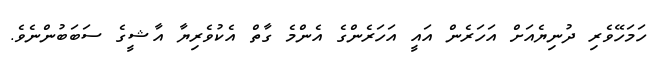
ހަމަހޭވެރި ދުނިޔެއަށް އަހަރެން އައީ އަހަރެންގެ އެންމެ ގާތް އެކުވެރިޔާ އާޝީގެ ސަބަބުންނެވެ.